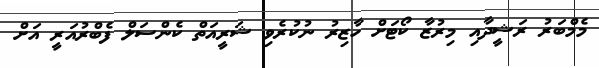
މެމްބަރު ރަޝީދާއި މިރުޒާ ކޯޓަށް ހާޒިރު ނުކުރެވި ޝަރީއަތް ކެންސަލް ފެބްރުއަރީ އަށް